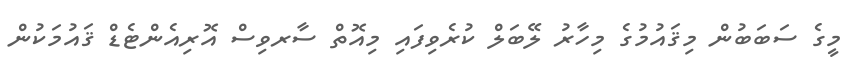
މީގެ ސަބަބުން މިޤައުމުގެ މިހާރު ލޭބަލް ކުރެވިފައި މިއޮތް ސާރވިސް އޮރިއެންޓެޑް ޤައުމަކުން